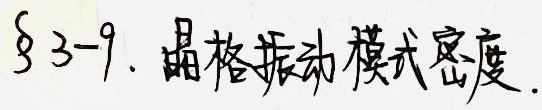
§3 - 9. 晶格振动模式密度.